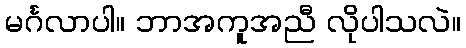
မင်္ဂလာပါ။ ဘာအကူအညီ လိုပါသလဲ။